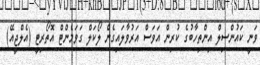
ވަނީ ކައުންސިލް އިންތިހާބުގެ ކުރިން އަވަސް އަރުވާލައިގެން ލޯކަލް ގަވަމެންޓް އޮތޯރިޓީ (އެލްޖީއޭ)